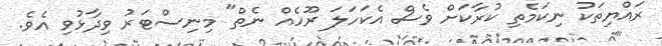
ރައްޔިތަކު ނިކަމެތި ކުރާކަށް ވެސް އެކަހަލަ ރޫހެއް ނެތް" މިނިސްޓަރު ވިދާޅުވި އެވެ.